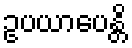
ဥပယာပေန္တိ